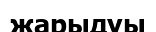
жарыдуы